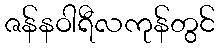
ဇန်နဝါရီလကုန်တွင်